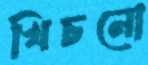
খিচনো